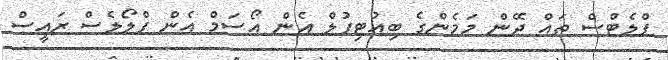
ފްލެޓްސް ތައް ދޭން މަމެންގެ ބިއުޓިފުލް އެން އޯސަމް އެން ފްލޯލެސް ރައީސް